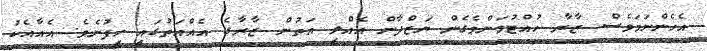
އެހެންނަމަވެސް ޒާރާ ހުއްޓުވަންވެގެން ޔަޒްދާން އެއްލި އަތުން ޒާރާގެ އެއްއަތުގައި ހިފުނެވެ. އެއާއެކު